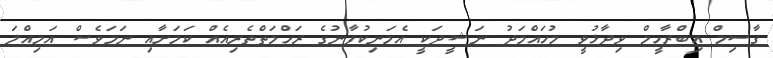
ގާސިމް އިބްރާހީމް ވިދާޅުވީ މުހައްމަދު ނަޝީދަކީ އެމަނިކުފާނުގެ ރަހްމަތްތެރިއެއް ކަމަށާއި ނަމަވެސް އަމިއްލަ